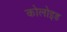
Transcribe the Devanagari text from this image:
कोलोइड